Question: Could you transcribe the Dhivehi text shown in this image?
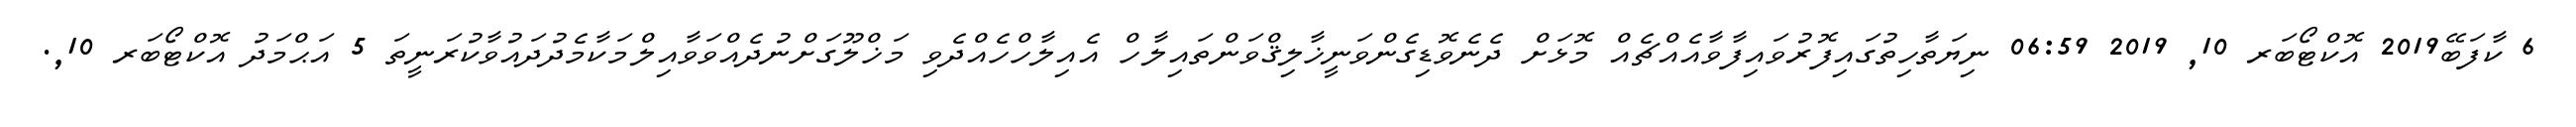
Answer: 6 ކާފަބޭ2019 އޮކްޓޯބަރ 10, 2019 06:59 ނިޔަތާހިތުގައިފޮރުވައިފާވާއެއްޗެއް މޮޅަށް ދެނެވޮޑިގެންވަނީޚާލިޤްވަންތައިލާހް އެއިލާހްހެއްދެވި މަޚްލޫގަށްނުދެއްވަވާއިލްމަކާމެދުދައުވާކުރަނީތަ 5 އަޙްމަދު އޮކްޓޯބަރ 10,.